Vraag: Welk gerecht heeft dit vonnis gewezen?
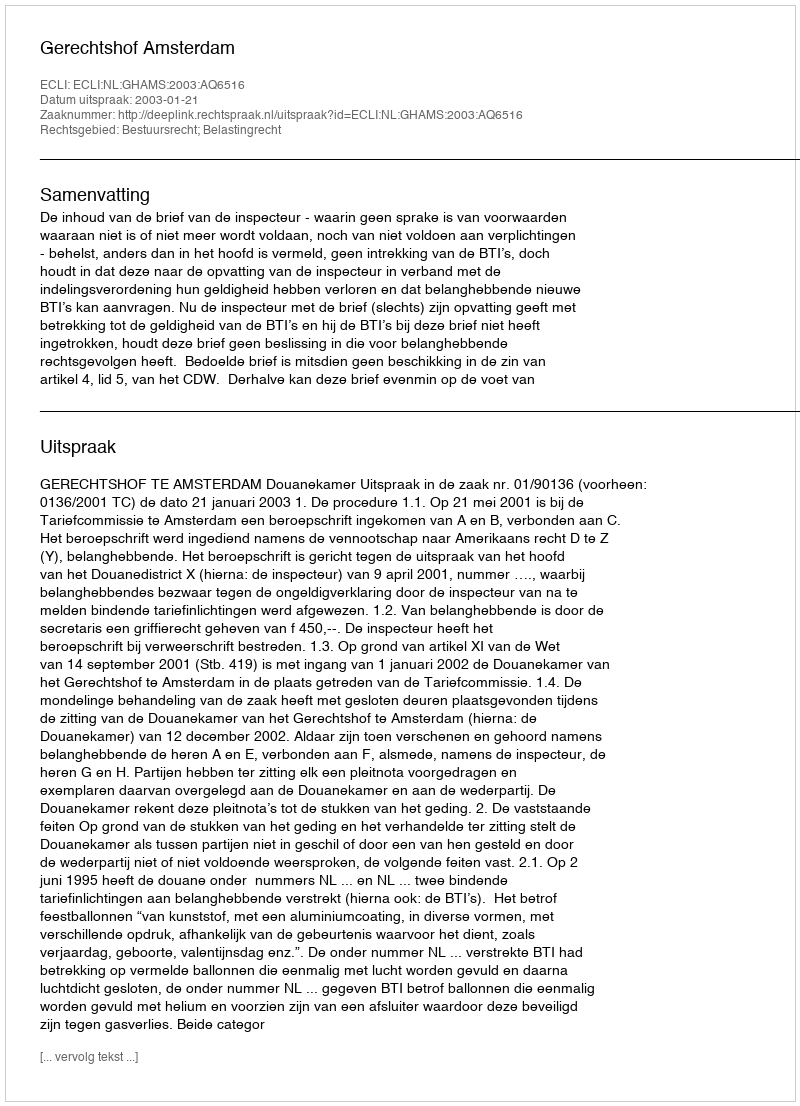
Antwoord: Gerechtshof Amsterdam